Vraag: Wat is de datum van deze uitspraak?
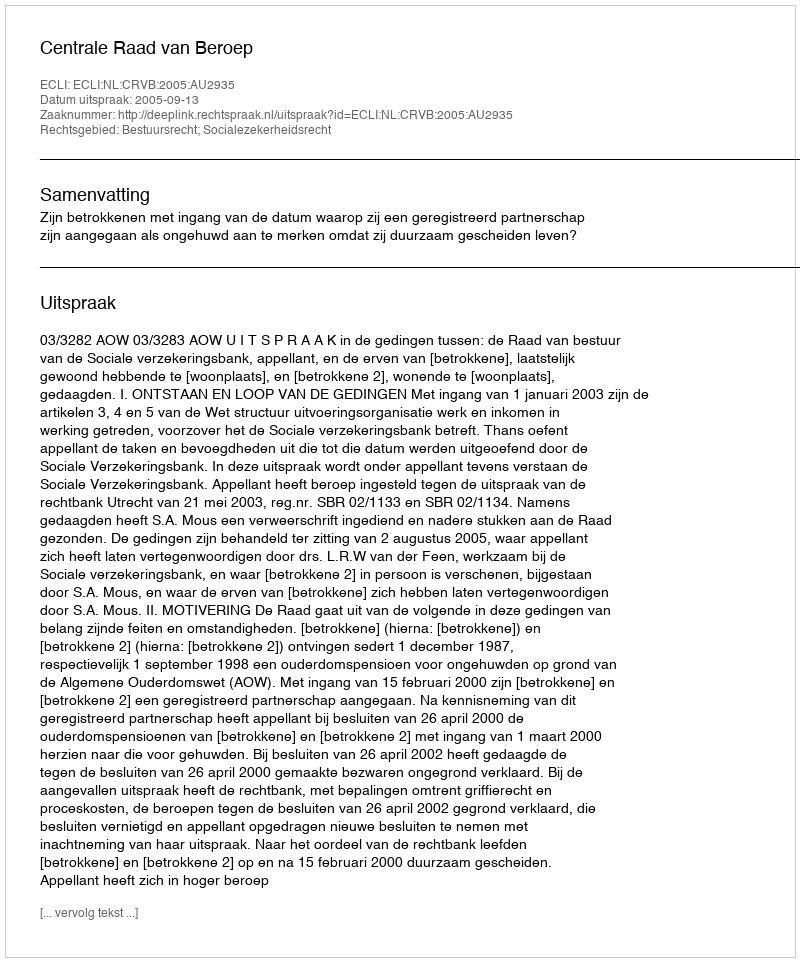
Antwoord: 2005-09-13